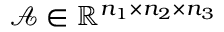
\mathcal { A } \in \mathbb { R } ^ { n _ { 1 } \times n _ { 2 } \times n _ { 3 } }